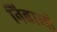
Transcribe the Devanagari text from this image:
निबासी